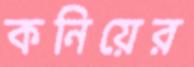
কনিয়ের